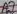
Text: A7